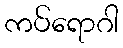
ကပ်ရောဂါ